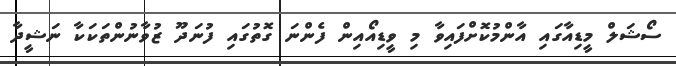
ސޯޝަލް މީޑިއާގައި އާންމުކޮށްފައިވާ މި ވީޑިއޯއިން ފެންނަ ގޮތުގައި ފުނަދޫ ޒުވާނުންތަކަކާ ނަޝީދާ